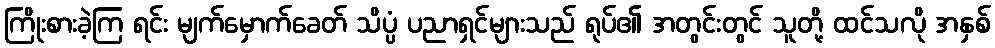
ကြိုးစားခဲ့ကြ ရင်း မျက်မှောက်ခေတ် သိပ္ပံ ပညာရှင်များသည် ရုပ်၏ အတွင်းတွင် သူတို့ ထင်သလို အနှစ်